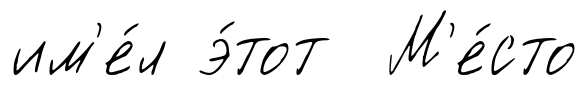
им'е́л э́тот М'е́сто